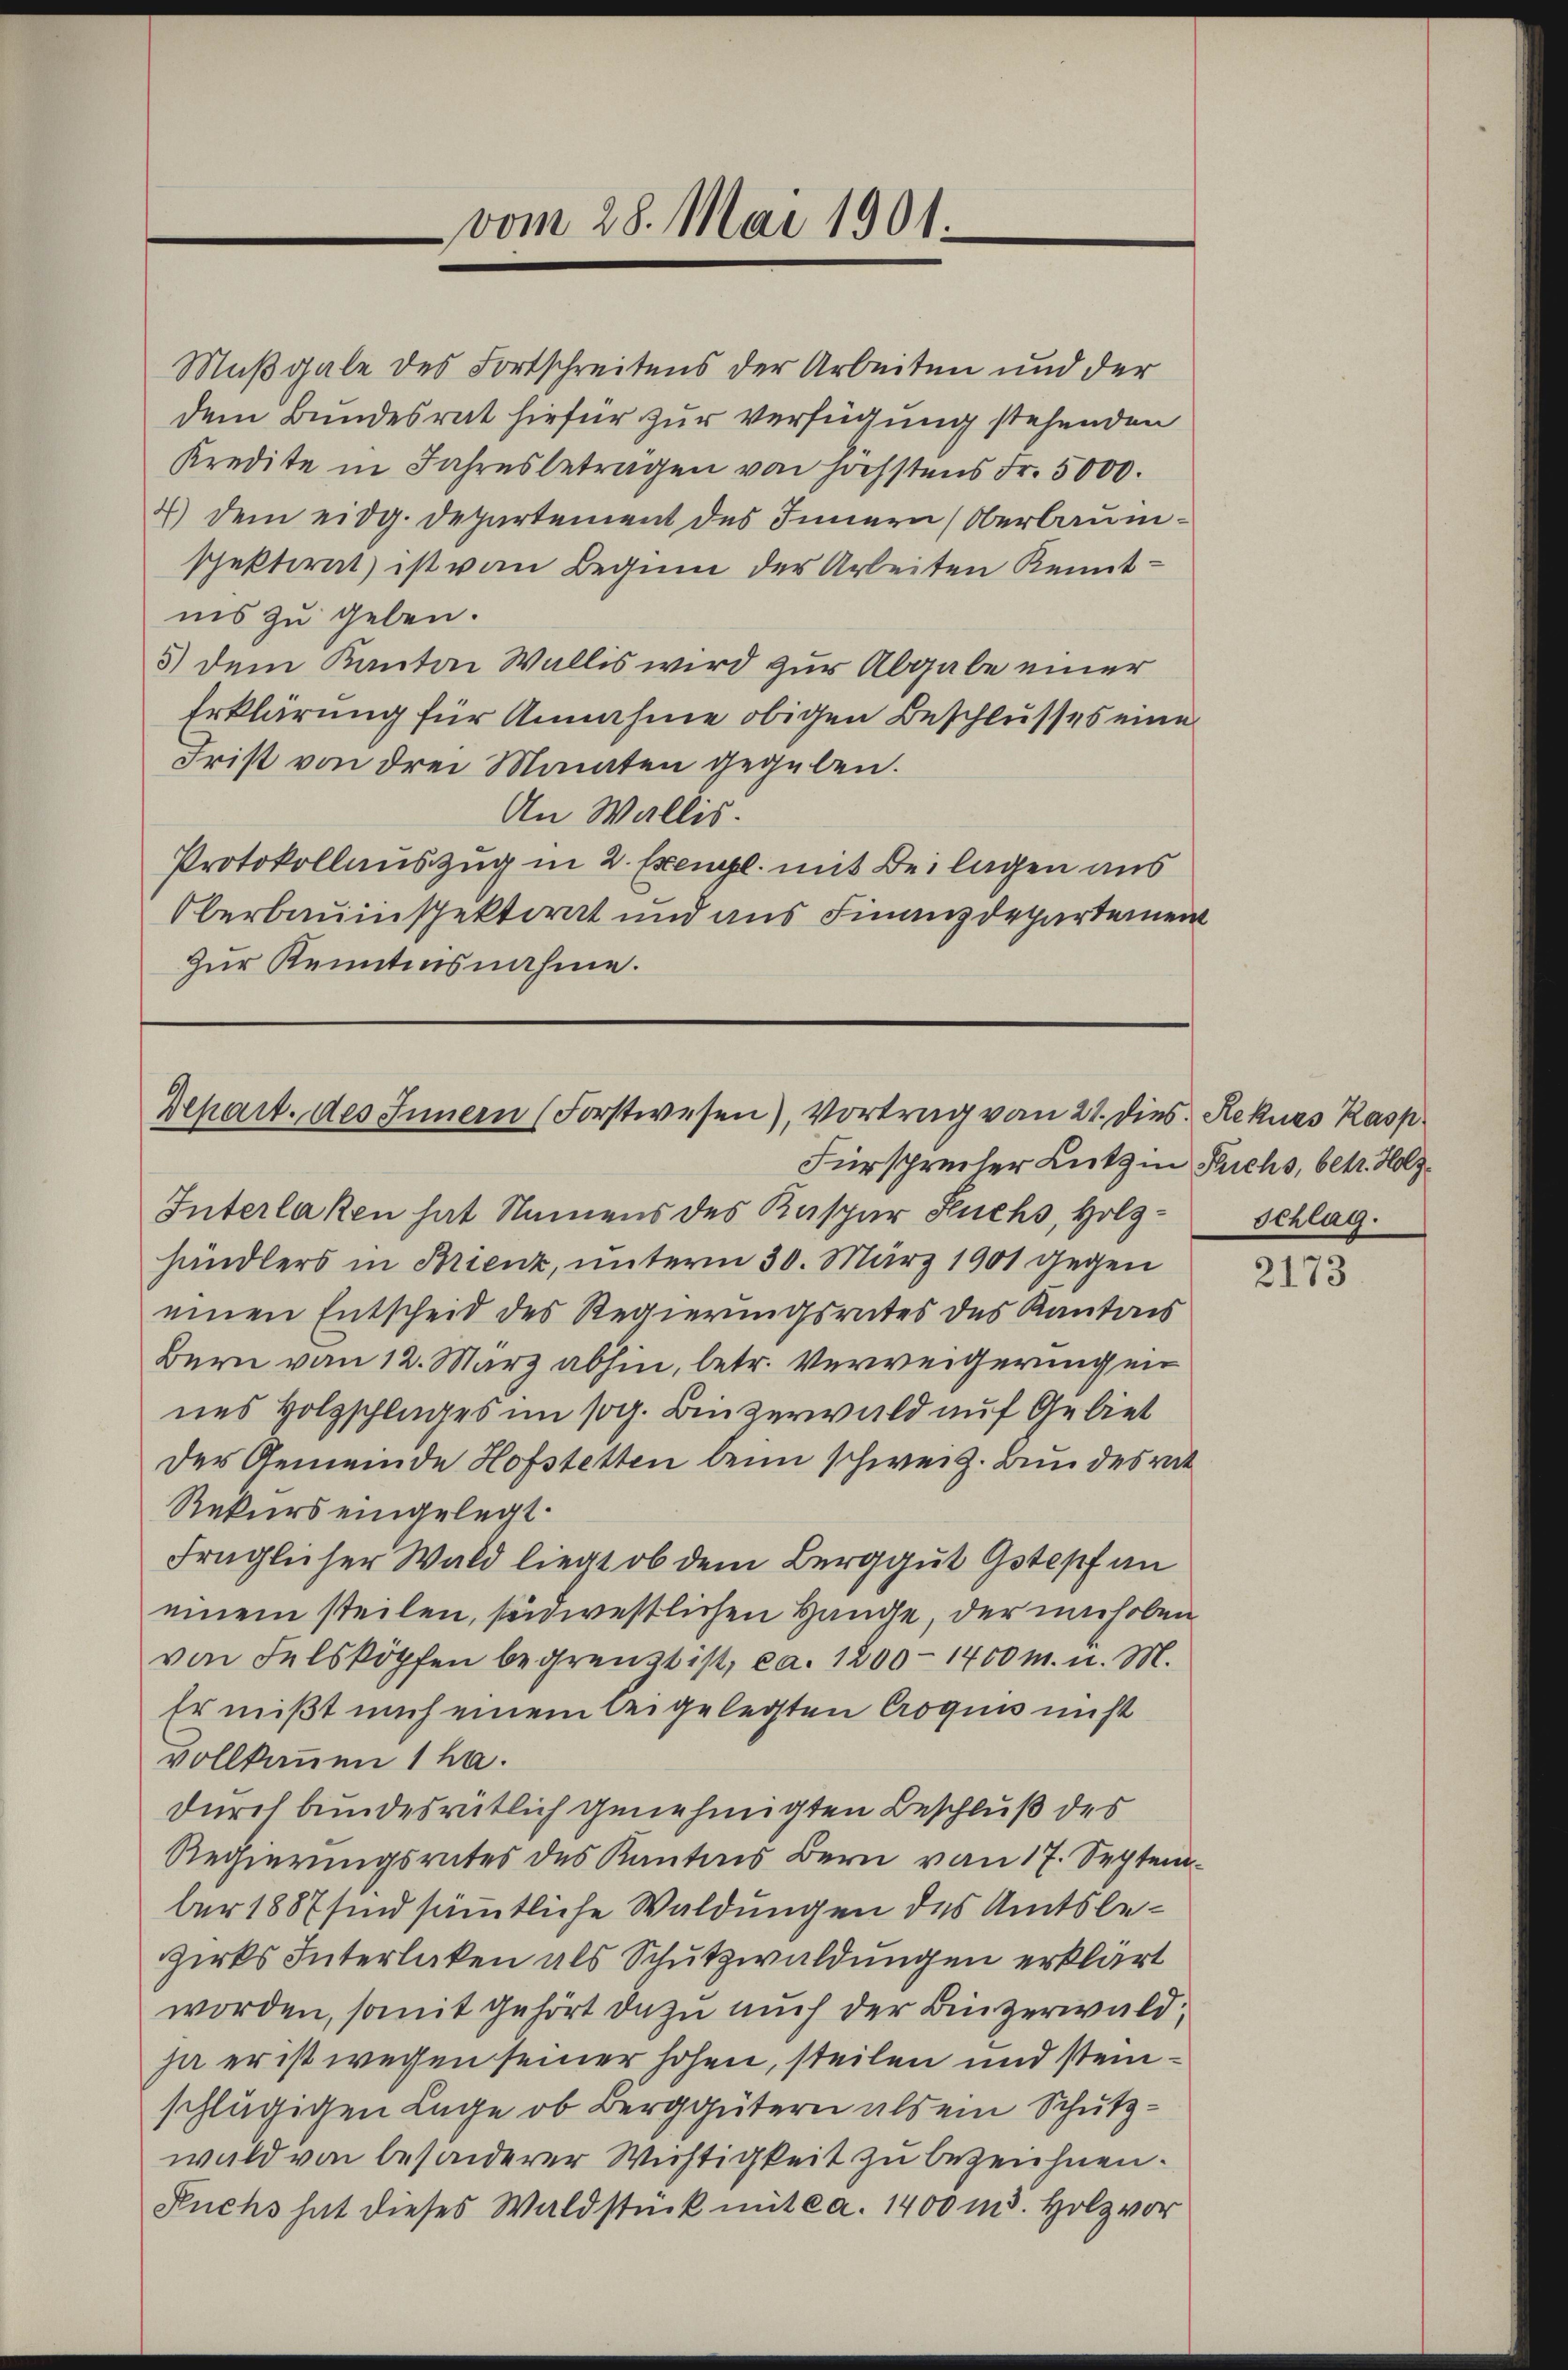
vom 28. Mai 1901.

Maßgabe des Fortschreitens der Arbeiten und der
dem Bundesrat hiefür zur Verfügung stehenden
Kredite in Jahresbeträgen von höchstens Fr. 5000.
7) dem eidg. Departement des Innern (Oberbaumschektiret ist von Beginn der Arbeiten Kenntiis zu geben.
5) dem Kanton Wallis wird zur Abgabe einer
Erklärung für Annahme obigen Beschlusses eine
Frist von drei Monaten gegeben.
An Wallis.
Protokollauszug in 2. Exempl. mit Beilagen aus
Oberbauinspektorat und aus Finanzdepartement
Zur Kenntnisnahme.

Depart. des Innern (Forstwesen), Vortrag vom 21. dies. Rekurs Rasp

Fürsprecher Lutz in Sachs, betr. Holz¬
Interlaken hat Namens des Kaspar Fuchs, Holz- Schlag.
händlers in Brienz, unterm 30. März 1901 gegen
einen Entscheid des Regierungsrates des Kantons
Bern von 12. März abhin, betr. Verweigerung ein
nes Holzschlages im sog. Binzerwald auf Gebiet
Der Gemeinde Hofstetten beim schweiz. Bundesrat
Rekurs eingelegt.
fraglicher Wald liegt ob dem Berggut Gstepf an
einem steilen, seidwestlichen Hange, der unehoben
von Felsköpfen begrenzt ist, ca. 1200 - 1400 m. u. M.
Er mißt mich einem beigelegten Croquis nicht
vollkommen 1 ha.
durch bundesrütlich genehmigten Beschluß des
Regierungsrates des Kantons Bern von 17. September 1887 sind sämmtliche Waldungen des Amtsbezirks Interlaken als Schutzwaldungen erklärt
worden, somit gehört dazu auch der Binzerwald,
ja er ist wegen seiner hohen, steilen und steinschlägigen Lage ob Berggütern als ein Schutzwald von besonderer Wichtigkeit zu bezeichnen.
Kuchs hat dieses Waldstück mit ca. 1400 m. Holz vor

2173